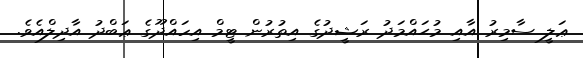
ޢަލީ ސާމިރު އާއި މުޙައްމަދު ރަޝީދުގެ އިތުރުން ޓީމް އިހައްދޫގެ ޢަބްދު އާދިލްއެވެ.